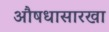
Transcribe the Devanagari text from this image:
औषधासारखा